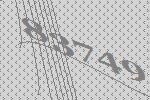
83749